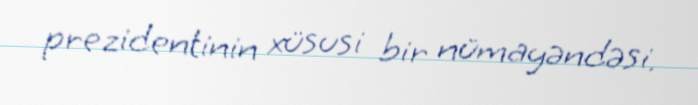
prezidentinin xüsusi bir nümayəndəsi.